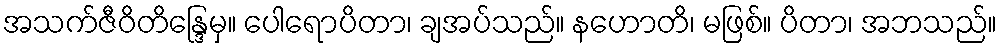
အသက်ဇီဝိတိန္ဒြေမှ။ ပေါရောပိတာ၊ ချအပ်သည်။ နဟောတိ၊ မဖြစ်။ ပိတာ၊ အဘသည်။